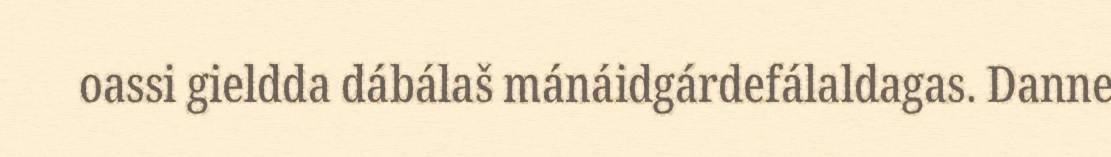
oassi gieldda dábálaš mánáidgárdefálaldagas. Danne